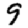
Digit: 9